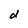
Character: d